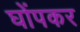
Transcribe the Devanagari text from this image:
घोंपकर